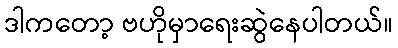
ဒါကတော့ ဗဟိုမှာရေးဆွဲနေပါတယ်။